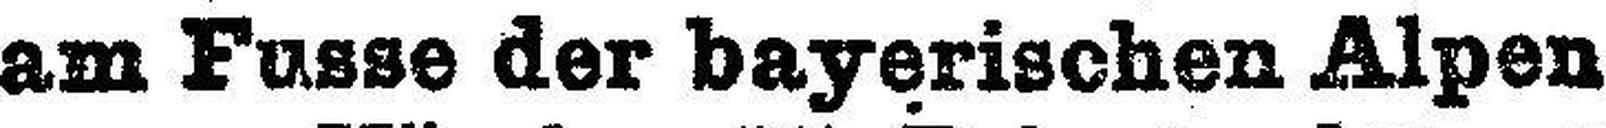
am Fasse der bayerischen Alpen